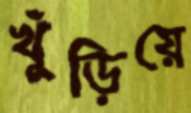
খুঁড়িয়ে